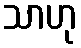
သာဟု